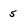
Character: 5